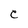
Character: C